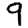
Digit: 9